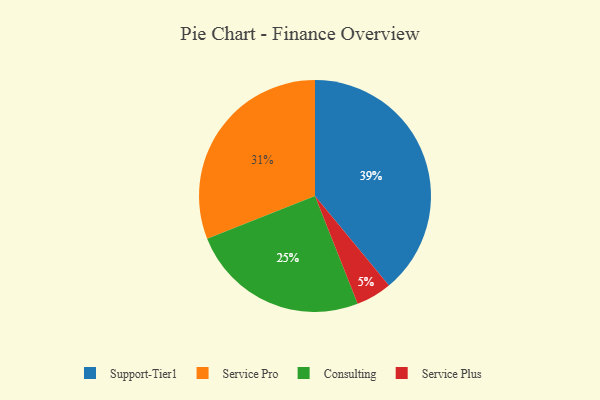
{"axis": {"x": "Category", "y": "Percentage"}, "legend": ["Consulting", "Service Plus", "Service Pro", "Support-Tier1"], "data": [{"x": "Service Pro", "y": 31, "type": "Service Pro"}, {"x": "Support-Tier1", "y": 39, "type": "Support-Tier1"}, {"x": "Service Plus", "y": 5, "type": "Service Plus"}, {"x": "Consulting", "y": 25, "type": "Consulting"}]}